Civil Veterinary Department. Madras. Admin. report 1926-33 - 1926-1933
Year: 1926
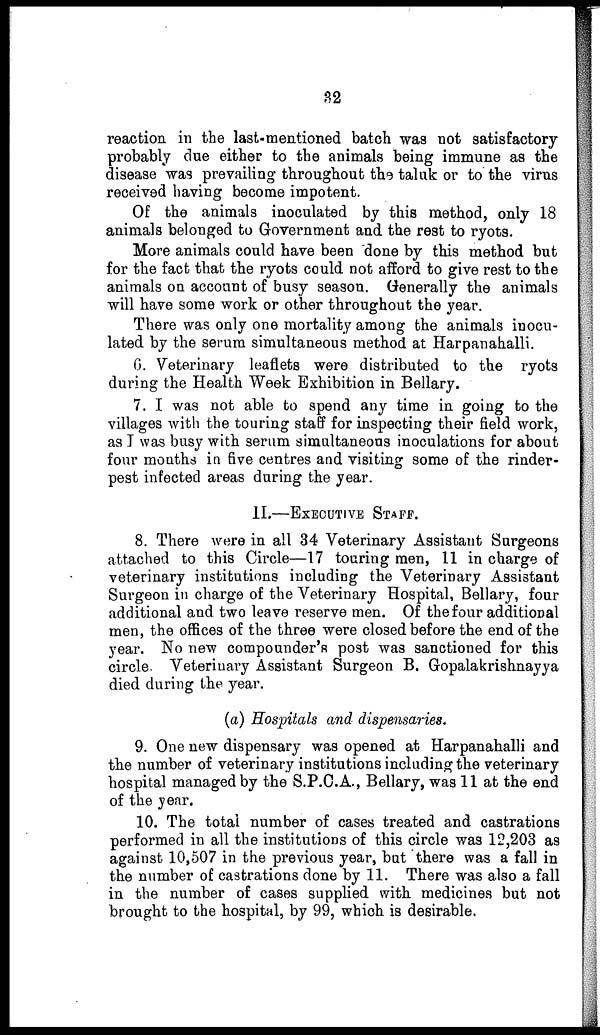
32
reaction in the last-mentioned batch was not satisfactory
probably due either to the animals being immune as the
disease was prevailing throughout the taluk or to the virus
received having become impotent.
Of the animals inoculated by this method, only 18
animals belonged to Government and the rest to ryots.
More animals could have been done by this method but
for the fact that the ryots could not afford to give rest to the
animals on account of busy season. Generally the animals
will have some work or other throughout the year.
There was only one mortality among the animals inocu-
lated by the serum simultaneous method at Harpanahalli.
6. Veterinary leaflets were distributed to the ryots
during the Health Week Exhibition in Bellary.
7. I was not able to spend any time in going to the
villages with the touring staff for inspecting their field work,
as I was busy with serum simultaneous inoculations for about
four months in five centres and visiting some of the rinder-
pest infected areas during the year.
II.—EXECUTIVE STAFF.
8. There were in all 34 Veterinary Assistant Surgeons
attached to this Circle—17 touring men, 11 in charge of
veterinary institutions including the Veterinary Assistant
Surgeon in charge of the Veterinary Hospital, Bellary, four
additional and two leave reserve men. Of the four additional
men, the offices of the three were closed before the end of the
year. No new compounder's post was sanctioned for this
circle. Veterinary Assistant Surgeon B. Gopalakrishnayya
died during the year.
(a) Hospitals and dispensaries.
9. One new dispensary was opened at Harpanahalli and
the number of veterinary institutions including the veterinary
hospital managed by the S.P.C.A., Bellary, was 11 at the end
of the year.
10. The total number of cases treated and castrations
performed in all the institutions of this circle was 12,203 as
against 10,507 in the previous year, but there was a fall in
the number of castrations done by 11. There was also a fall
in the number of cases supplied with medicines but not
brought to the hospital, by 99, which is desirable.